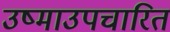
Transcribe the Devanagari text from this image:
उष्माउपचारित